Vaccination in the Punjab 1919-1929 - 1919-1929
Year: 1919
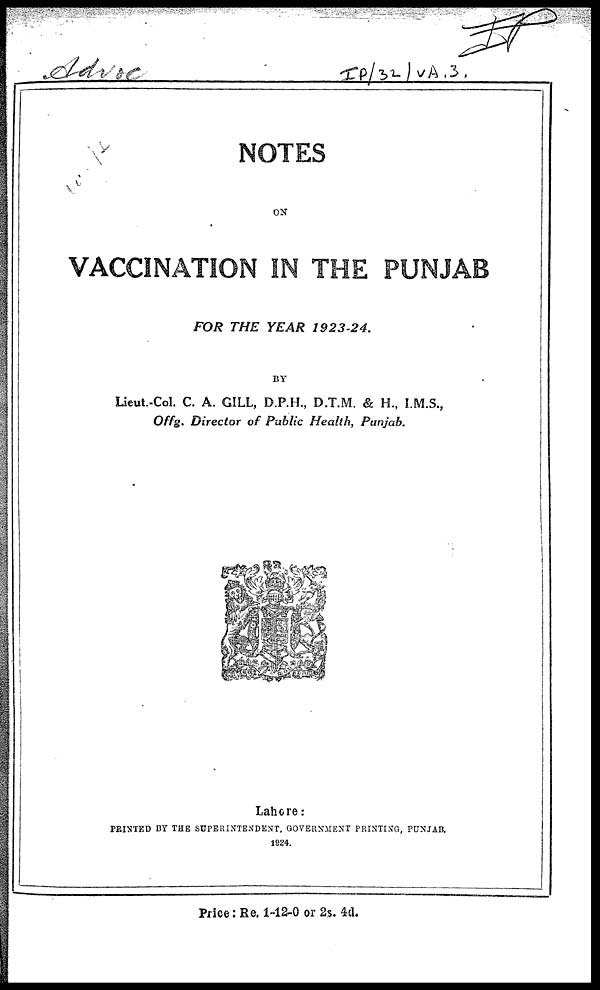
NOTES
ON
VACCINATION IN THE PUNJAB
FOR THE YEAR
1923-24.
BY
Lieut.-Col. C. A. GILL, D.P.H., D.T.M. & H., I.M.S.,
Offg. Director of Public Health, Punjab.
Lahore:
PRINTED BY THE SUPERINTENDENT, GOVERNMENT PRINTING, PUNJAB.
1924.
Price: Re. 1-12-0 or 2s. 4d.